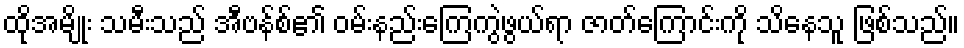
ထိုအမျိုး သမီးသည် အီဗန်စ်၏ ဝမ်းနည်းကြေကွဲဖွယ်ရာ ဇာတ်ကြောင်းကို သိနေသူ ဖြစ်သည်။